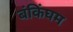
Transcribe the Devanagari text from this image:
बंकिंघम